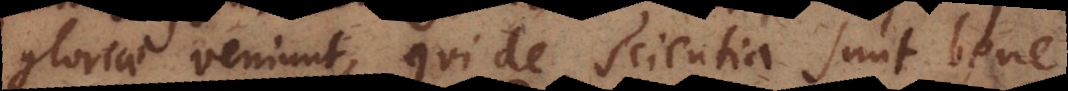
gloriae veniunt, qui de scientia sunt bene